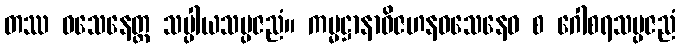
တဿ ဝသေနေတ္ထ သပ္ပါယသမ္ပဇညံ။ ကမ္မဋ္ဌာနာဝိဇဟနဝသေနေဝ စ ဂေါစရသမ္ပဇညံ